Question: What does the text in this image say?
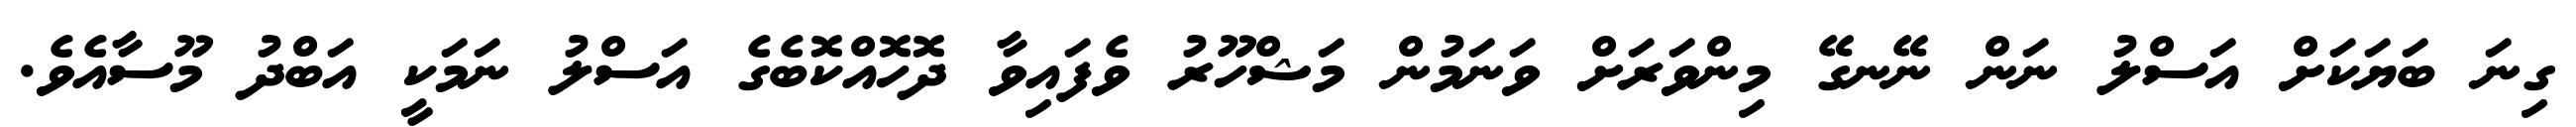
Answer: ގިނަ ބަޔަކަށް އަސްލު ނަން ނޭނގޭ މިންވަރަށް ވަނަމުން މަޝްހޫރު ވެފައިވާ ދޮހޮއްކޮބެގެ އަސްލު ނަމަކީ އަބްދު މޫސާއެވެ.